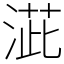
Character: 𣸆